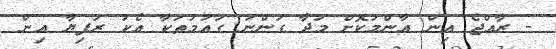
- ރާއްޖެ އިން އާންމުކޮށް މުދާ ގަންނަ ގައުމުތަކާ އެކު ރުފިޔާ އިން